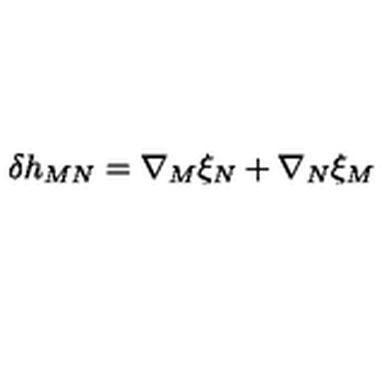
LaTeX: \delta h _ { M N } = \nabla _ { M } \xi _ { N } + \nabla _ { N } \xi _ { M }